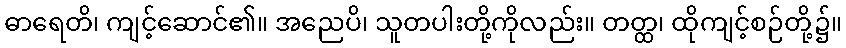
ဓာရေတိ၊ ကျင့်ဆောင်၏။ အညေပိ၊ သူတပါးတို့ကိုလည်း။ တတ္ထ၊ ထိုကျင့်စဉ်တို့၌။